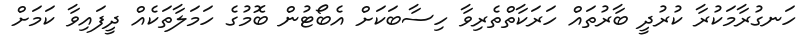
ހަނގުރާމަކުރާ ކުރުދީ ބާރުތައް ހަރަކާތްތެރިވާ ހިސާބަކަށް އެބޯޓުން ބޮމުގެ ހަމަލާތަކެއް ދީފައިވާ ކަމަށް